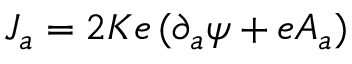
J _ { a } = 2 K e \, ( \partial _ { a } \psi + e A _ { a } )